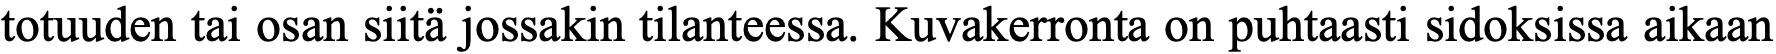
totuuden tai osan siitä jossakin tilanteessa. Kuvakerronta on puhtaasti sidoksissa aikaan